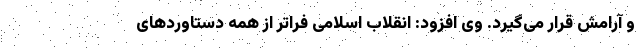
و آرامش قرار می‌گیرد. وی افزود: انقلاب اسلامی فراتر از همه دستاوردهای